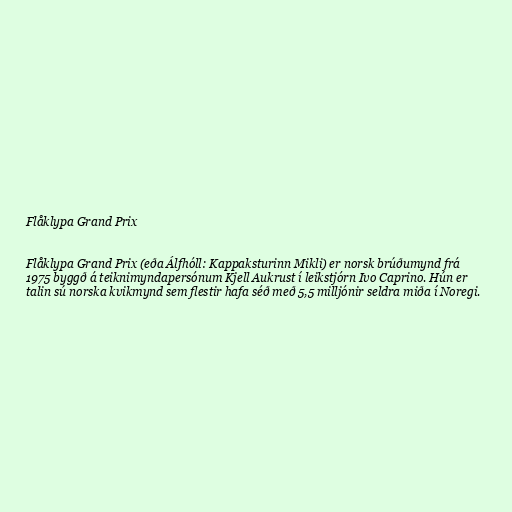
Flåklypa Grand Prix

Flåklypa Grand Prix (eða Álfhóll: Kappaksturinn Mikli) er norsk brúðumynd frá
1975 byggð á teiknimyndapersónum Kjell Aukrust í leikstjórn Ivo Caprino. Hún er
talin sú norska kvikmynd sem flestir hafa séð með 5,5 milljónir seldra miða í Noregi.